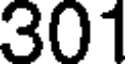
301